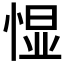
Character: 𱞯